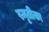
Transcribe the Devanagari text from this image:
स्मृतीका